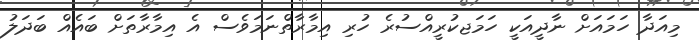
މިއަދާ ހަމައަށް ނާދީއަކީ ހަމަޖކުރީއްސުރެ ހުރި އިމާރާތްނަމަވެސް އެ އިމާރާތަށް ބައެއް ބަދަލު